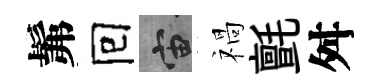
髴囘宙禍氈舛